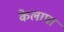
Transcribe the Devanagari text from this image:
केलापा